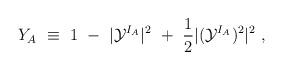
LaTeX: \begin{align*}Y_A~\equiv~1~-~|{\cal Y}^{I_A}|^2~+~\frac12 |({\cal Y}^{I_A})^2|^2~,\end{align*}